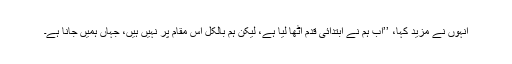
انہوں نے مزيد کہا، ’’اب ہم نے ابتدائی قدم اٹھا ليا ہے، ليکن ہم بالکل اس مقام پر نہيں ہيں، جہاں ہميں جانا ہے۔